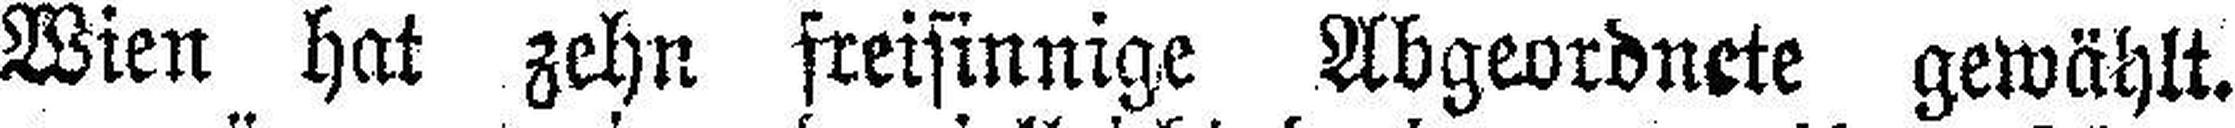
Wien hat zehn freisinnige Abgeordnete gewählt.